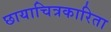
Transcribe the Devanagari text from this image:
छायाचित्रकारिता